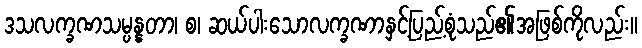
ဒသလက္ခဏသမ္ပန္နတာ၊ စ၊ ဆယ်ပါးသောလက္ခဏာနှင့်ပြည့်စုံသည်၏အဖြစ်ကိုလည်း။